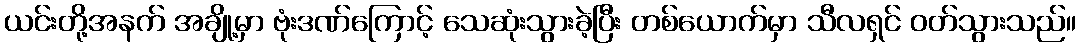
ယင်းတို့အနက် အချို့မှာ ဗုံးဒဏ်ကြောင့် သေဆုံးသွားခဲ့ပြီး တစ်ယောက်မှာ သီလရှင် ဝတ်သွားသည်။